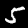
Label: 5